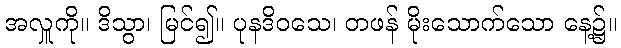
အလှူကို။ ဒိသွာ၊ မြင်၍။ ပုနဒိဝသေ၊ တဖန် မိုးသောက်သော နေ့၌။